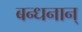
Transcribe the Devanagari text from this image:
बन्धनान्